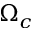
\Omega _ { c }